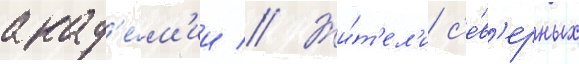
акад'е́м'ии // Жи́т'ел'и с'е́в'ерных